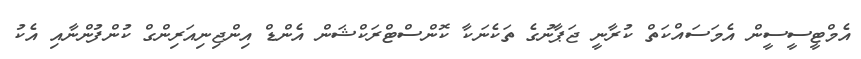
އެމްޓީސީސީން އެމަސައްކަތް ކުރާނީ ޖަޕާނުގެ ތަކެނަކާ ކޮންސްޓްރަކްޝަން އެންޑް އިންޖިނިއަރިންގް ކުންފުންނާއި އެކު